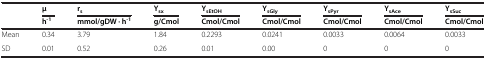
|  | μ | rs | Ysx | YsEtOH | YsGly | YsPyr | YsAce | YsSuc |
 |  | h-1 | mmol/gDW · h-1 | g/Cmol | Cmol/Cmol | Cmol/Cmol | Cmol/Cmol | Cmol/Cmol | Cmol/Cmol |
 | --- | --- | --- | --- | --- | --- | --- | --- | --- |
 | Mean | 0.34 | 3.79 | 1.84 | 0.2293 | 0.0241 | 0.0033 | 0.0064 | 0.0033 |
 | SD | 0.01 | 0.52 | 0.26 | 0.01 | 0.00 | 0 | 0 | 0 |